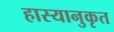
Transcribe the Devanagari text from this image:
हास्यानुकृत